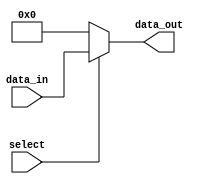
module io_block_bus_switch (
    input wire select,
    input wire [7:0] data_in,
    output wire [7:0] data_out
);

assign data_out = (select) ? data_in : 8'b0;

endmodule